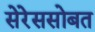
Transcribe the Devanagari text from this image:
सेरेससोबत